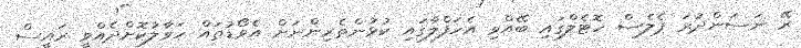
ރޭ ނަސަންދުރަ ޕެލެސް ހޮޓެލްގައި ބޭއްވި އެހަފްލާގައި ކުޅުންތެރިންނަށް އެވޯޑުތައް ހަވާލުކޮށްދެއްވީ ރައީސް